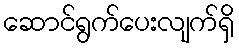
ဆောင်ရွက်ပေးလျက်ရှိ